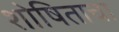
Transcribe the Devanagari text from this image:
शोषिताचा